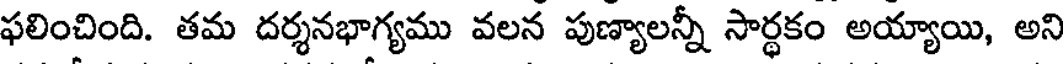
ఫలించింది. తమ దర్శనభాగ్యము వలన పుణ్యాలన్నీ సార్థకం అయ్యాయి, అని